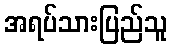
အရပ်သားပြည်သူ